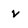
Character: v